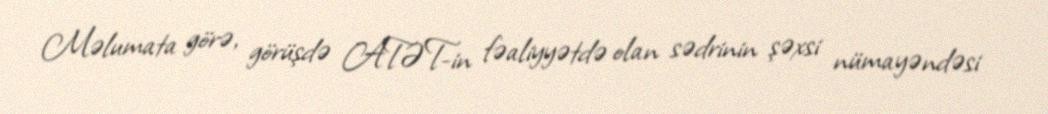
Məlumata görə, görüşdə ATƏT-in fəaliyyətdə olan sədrinin şəxsi nümayəndəsi